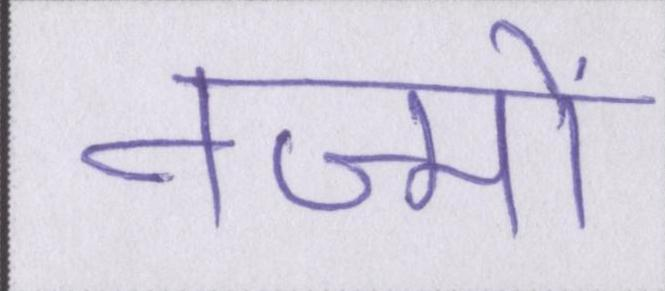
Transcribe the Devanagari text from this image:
नज्मों